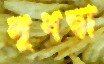
সুধন্বা